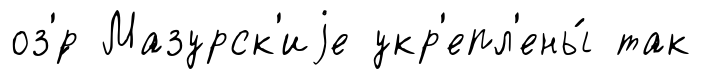
оз'́р Мазурск'иjе укр'епл'ены́ так